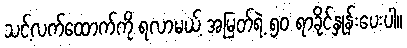
သင့်လက်ထောက်ကို ရလာမယ့် အမြတ်ရဲ့ ၅၀ ရာခိုင်နှုန်းပေးပါ။